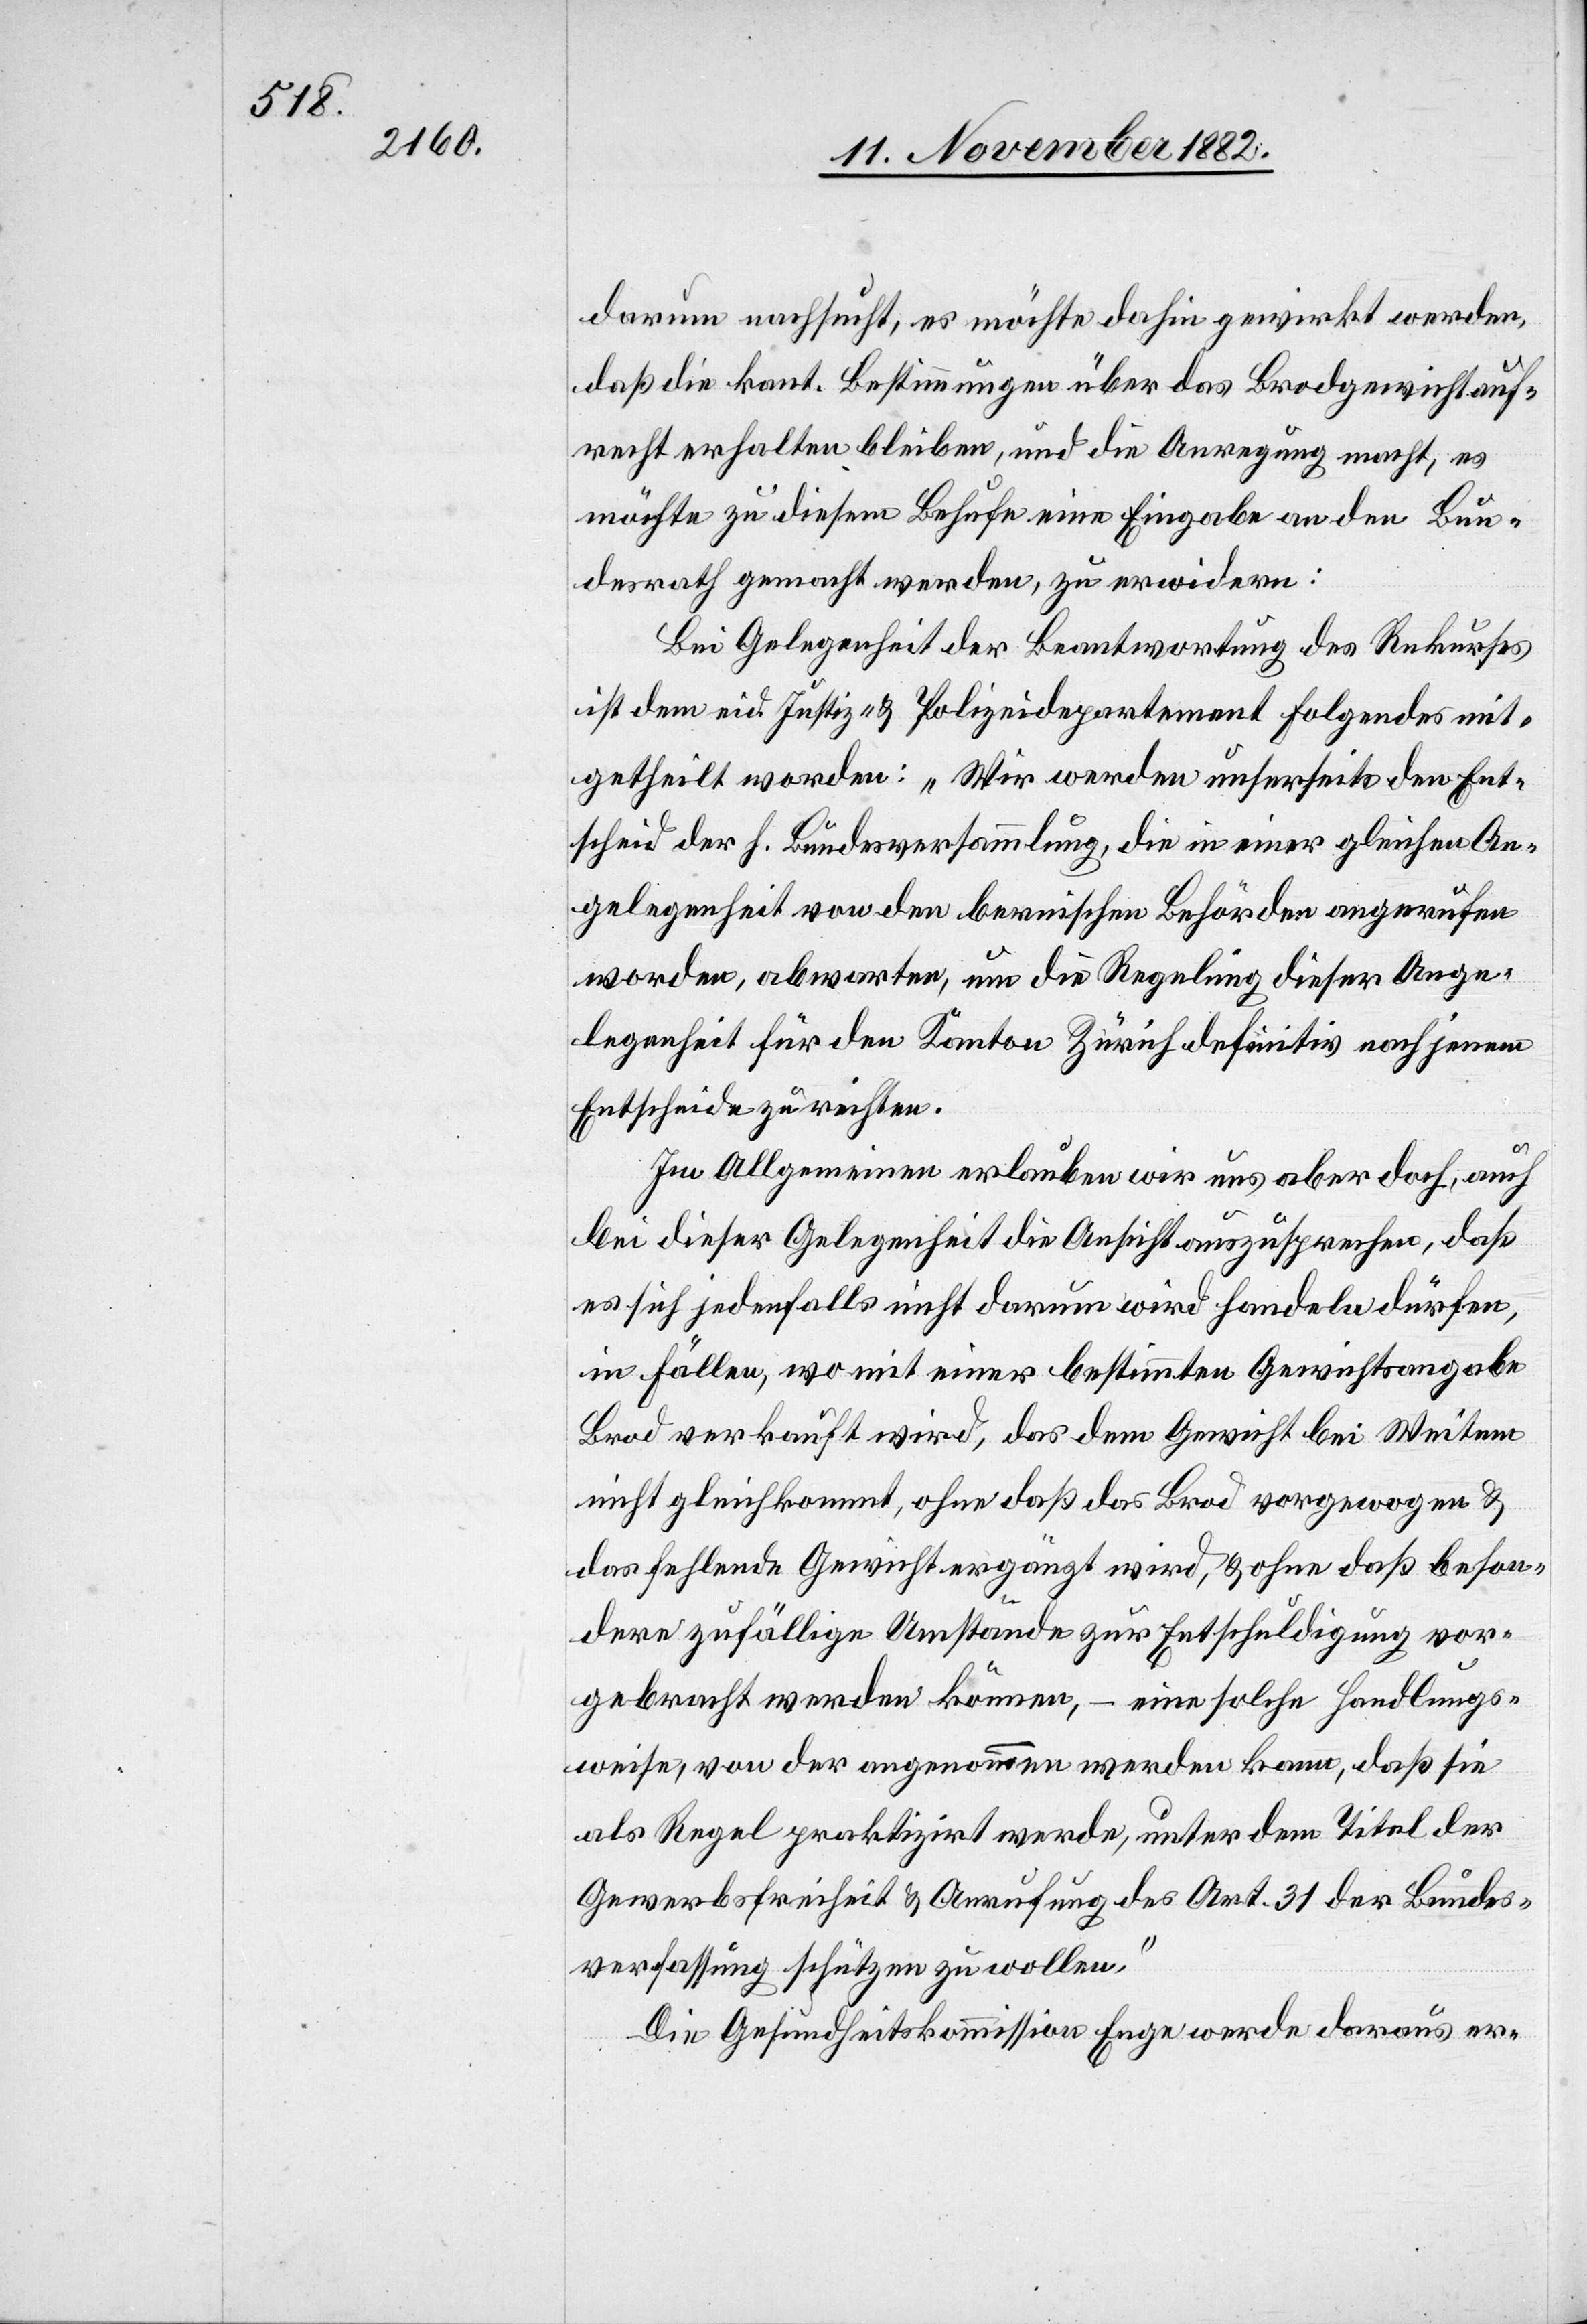
darum nachsucht, es möchte dahin gewirkt werden,
daß die kant. Bestimmungen über das Brodgewicht auf¬
recht erhalten bleiben, und die Anregung macht, es
möchte zu diesem Behufe eine Eingabe an den Bun¬
desrath gemacht werden, zu erwidern:
Bei Gelegenheit der Beantwortung des Rekurses
ist dem eid. Justiz- & Polizeidepartement Folgendes mit¬
getheilt worden: „Wir werden unserseits den Ent¬
scheid der h. Bundesversammlung, die in einer gleichen An¬
gelegenheit von den bernischen Behörden angerufen
worden, abwarten, um die Regelung dieser Ange¬
legenheit für den Kanton Zürich definitiv nach jenem
Entscheide zu richten.
Im Allgemeinen erlauben wir uns aber doch, auch
bei dieser Gelegenheit die Ansicht auszusprechen, daß
es sich jedenfalls nicht darum wird handeln dürfen,
in Fällen, wo mit einer bestimmten Gewichtsangabe
Brod verkauft wird, das dem Gewicht bei Weiten
nicht gleichkommt, ohne daß das Brod vorgewogen &
das fehlende Gewicht ergänzt wird, & ohne daß beson¬
dere zufällige Umstände zur Entschädigung vor¬
gebracht werden können, – eine solche Handlungs¬
weise, von der angenommen werden kann, daß sie
als Regel praktizirt werde, unter dem Titel der
Gewerbsfreiheit & Anrufung des Art. 31 des Bundes¬
verfassung schützen zu wollen.“
Die Gesundheitskommission Enge werde daraus er-